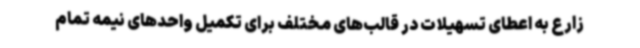
زارع به اعطای تسهیلات در قالب‌های مختلف برای تکمیل واحدهای نیمه تمام